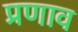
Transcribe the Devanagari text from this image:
प्रणाव